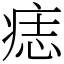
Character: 痣